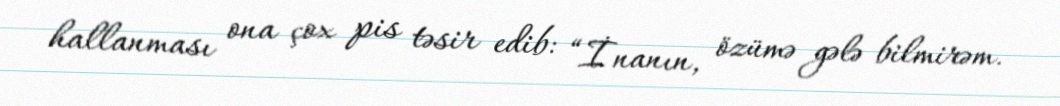
hallanması ona çox pis təsir edib: “İnanın, özümə gələ bilmirəm.